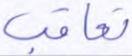
تعاقب